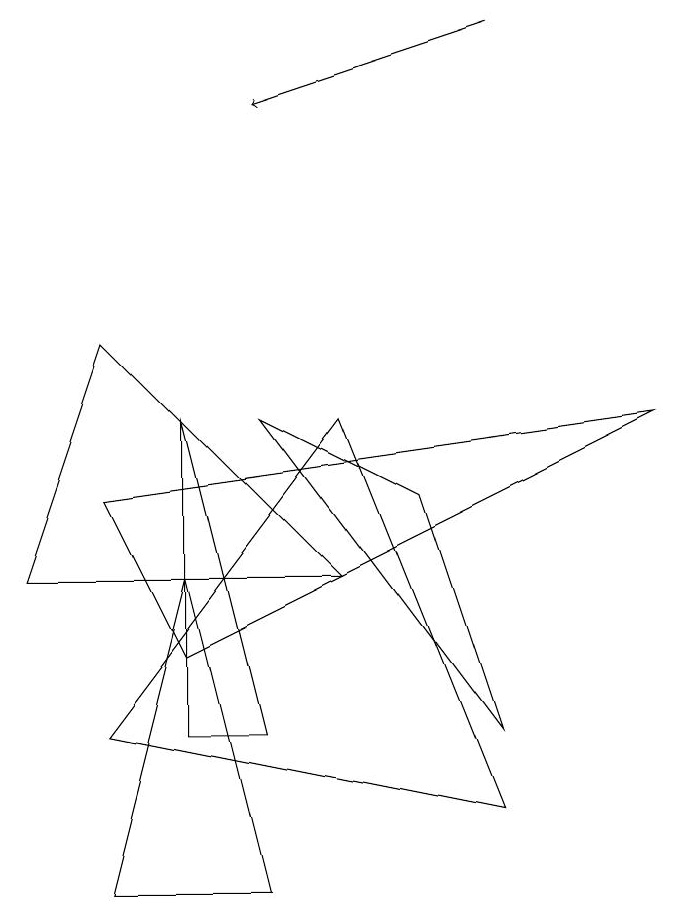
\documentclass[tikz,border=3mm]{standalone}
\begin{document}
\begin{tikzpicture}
\draw (1,5) -- (2,8) -- (5,5) -- cycle;
\draw (4,3) -- (3,3) -- (3,7) -- cycle;
\draw (7,2) -- (5,7) -- (2,3) -- cycle;
\draw (3,5) -- (4,1) -- (2,1) -- cycle;
\draw (2,6) -- (3,4) -- (9,7) -- cycle;
\draw[->] (7,12) -- (4,11);
\draw (4,7) -- (6,6) -- (7,3) -- cycle;
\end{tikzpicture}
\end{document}